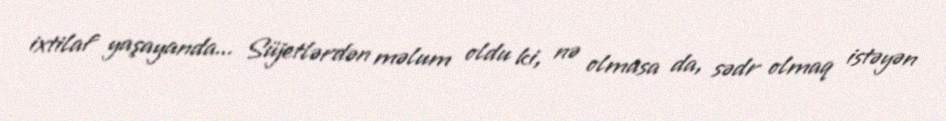
ixtilaf yaşayanda... Süjetlərdən məlum oldu ki, nə olmasa da, sədr olmaq istəyən